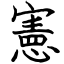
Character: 憲